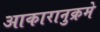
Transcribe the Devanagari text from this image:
आकारानुक्रमे